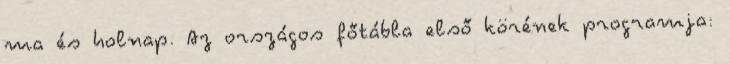
ma és holnap. Az országos főtábla első körének programja: